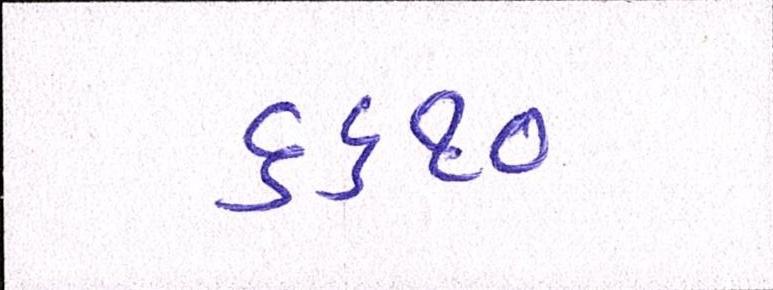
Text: ૬૬૧૦